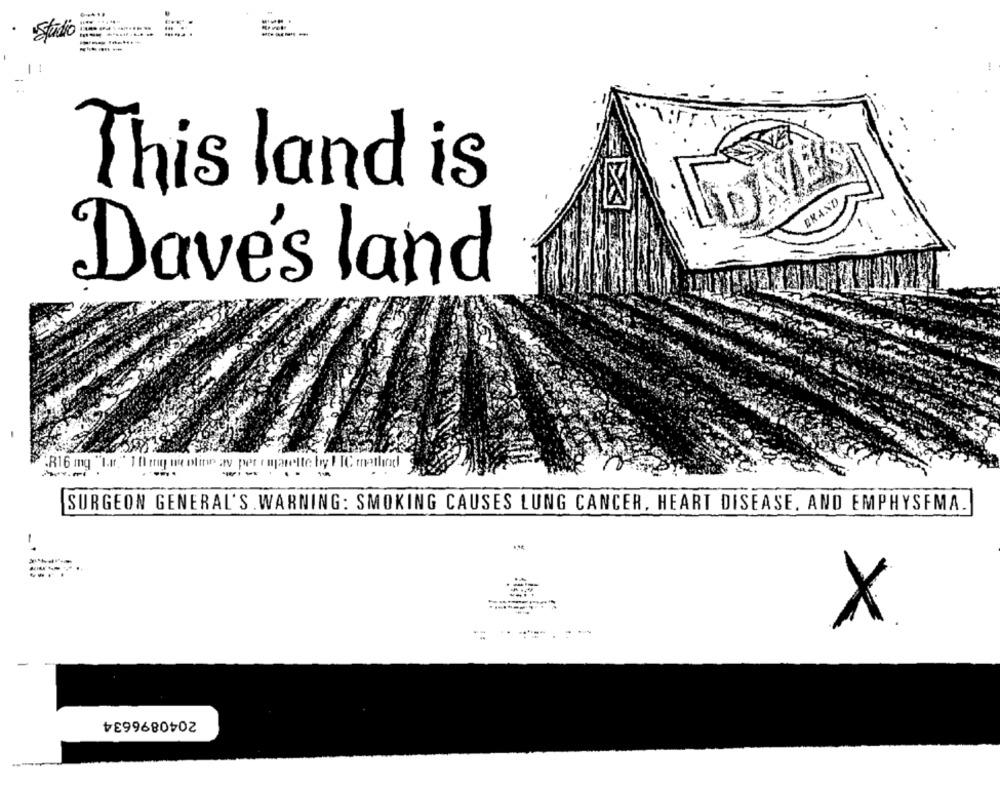
...........
---.
-----
1
1 :
This land is
BRAND
Dave's land
:R16 mg "tur,"1 0 ing me oline av pet rmjarelte by PIC methand
--- -- -
SURGEON GENERAL'S . WARNING: SMOKING CAUSES LUNG CANCER, HEART DISEASE. AND EMPHYSEMA.
X
-
2040896634